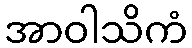
အာဝါသိကံ